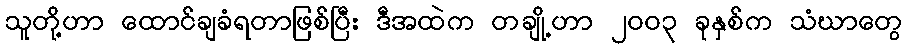
သူတို့ဟာ ထောင်ချခံရတာဖြစ်ပြီး ဒီအထဲက တချို့ဟာ ၂၀၀၃ ခုနှစ်က သံဃာတွေ